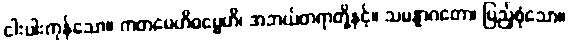
ငါးပါးကုန်သော။ ကတမေဟိဓမ္မေဟိ၊ အဘယ်တရာတို့နှင့်။ သမန္နာဂတော၊ ပြည့်စုံသော။